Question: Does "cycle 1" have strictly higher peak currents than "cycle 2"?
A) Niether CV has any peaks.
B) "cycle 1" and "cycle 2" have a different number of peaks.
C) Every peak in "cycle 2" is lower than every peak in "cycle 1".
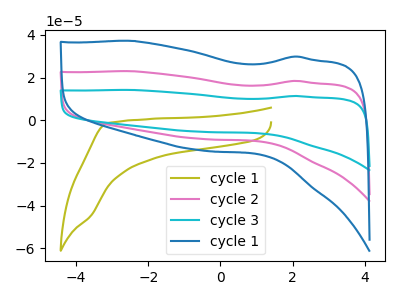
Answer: <think>The olive curve "cycle 1" has no peaks. The pink curve "cycle 2" has no peaks. The cyan curve "cycle 3" has no peaks. The blue curve "cycle 1" has no peaks.</think>
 <answer>A) Niether CV has any peaks.</answer>
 <eval>A</eval>